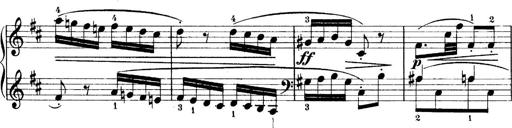
Title: 4 Sonatines
Composer: Max Reger